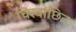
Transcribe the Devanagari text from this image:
चिरवांछित